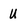
Character: U